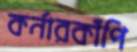
কর্নারকাঁপি